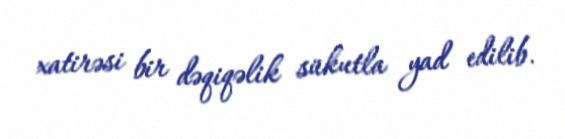
xatirəsi bir dəqiqəlik sükutla yad edilib.